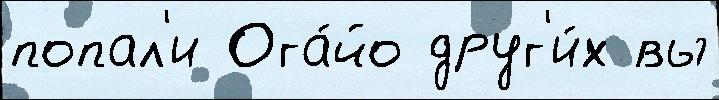
попал'и Ога́йо друг'и́х вы